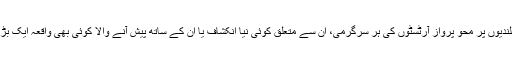
اسی طرح شہرت کے آسمان کی بلندیوں پر محوِ پرواز آرٹسٹوں کی ہر سرگرمی، ان سے متعلق کوئی نیا انکشاف یا ان کے ساتھ پیش آنے والا کوئی بھی واقعہ ایک بڑی خبر کے طور پر نشر ہوتا ہے۔